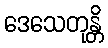
ဒေသေတုန္တိ